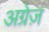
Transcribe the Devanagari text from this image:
अग्रेज़